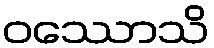
ဝဿောသိ